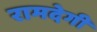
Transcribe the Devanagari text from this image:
रामदेगी